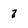
Character: 8